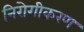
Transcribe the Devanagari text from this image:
निरोगीकरण